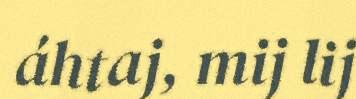
áhtaj, mij lij